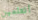
أتعلمين